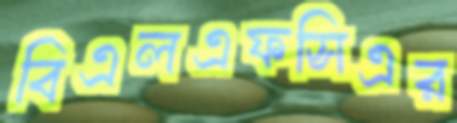
বিএলএফসিএর